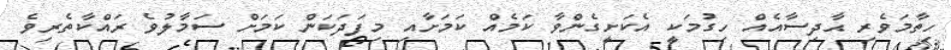
ހިތާމަވެރި ޙާދިސާއެއް ހިގުމަކީ އެކަށީގެންވާ ކަމެއް ކަމަށާއި މިފަދަކަން ކަމަށް ސަމާލުވެ ރައްކާތެރިވެ